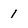
Character: 1